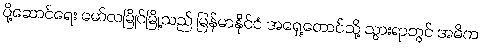
ပို့ဆောင်ရေး မော်လမြိုင်မြို့သည် မြန်မာနိုင်ငံ အရှေ့တောင်သို့ သွားရာတွင် အဓိက